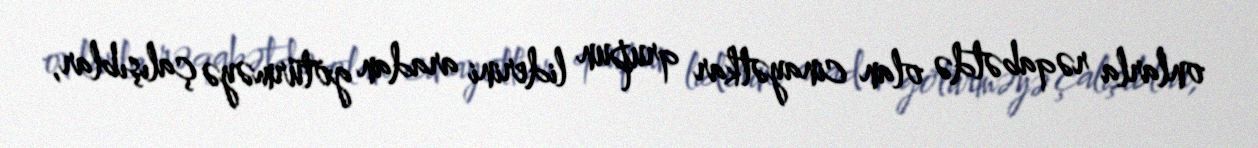
onlarla rəqabətdə olan cinayətkar qrupun liderini aradan götürməyə çalışıblar,